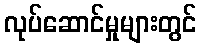
လုပ်ဆောင်မှုများတွင်